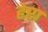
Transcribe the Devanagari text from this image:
हेप्टा